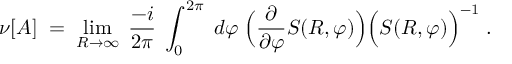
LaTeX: \nu [ A ] \; = \; \operatorname * { l i m } _ { R \rightarrow \infty } \; \frac { - i } { 2 \pi } \; \int _ { 0 } ^ { 2 \pi } \; d \varphi \; \Big ( \frac { \partial } { \partial \varphi } S ( R , \varphi ) \Big ) \Big ( S ( R , \varphi ) \Big ) ^ { - 1 } \; .